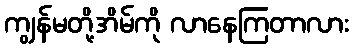
ကျွန်မတို့အိမ်ကို လာနေကြတာလား